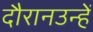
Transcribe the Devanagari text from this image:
दौरानउन्हें